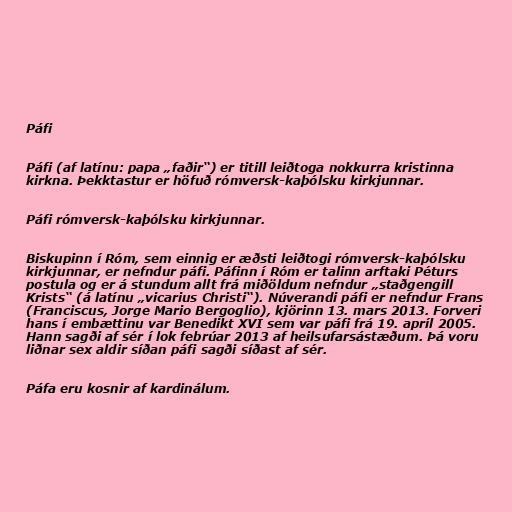
Páfi

Páfi (af latínu: papa „faðir“) er titill leiðtoga nokkurra kristinna
kirkna. Þekktastur er höfuð rómversk-kaþólsku kirkjunnar.

Páfi rómversk-kaþólsku kirkjunnar.

Biskupinn í Róm, sem einnig er æðsti leiðtogi rómversk-kaþólsku
kirkjunnar, er nefndur páfi. Páfinn í Róm er talinn arftaki Péturs
postula og er á stundum allt frá miðöldum nefndur „staðgengill
Krists“ (á latínu „vicarius Christi“). Núverandi páfi er nefndur Frans
(Franciscus, Jorge Mario Bergoglio), kjörinn 13. mars 2013. Forveri
hans í embættinu var Benedikt XVI sem var páfi frá 19. apríl 2005.
Hann sagði af sér í lok febrúar 2013 af heilsufarsástæðum. Þá voru
liðnar sex aldir síðan páfi sagði síðast af sér.

Páfa eru kosnir af kardinálum.